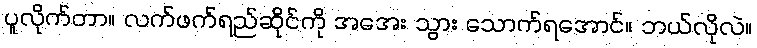
ပူလိုက်တာ။ လက်ဖက်ရည်ဆိုင်ကို အအေး သွား သောက်ရအောင်။ ဘယ်လိုလဲ။